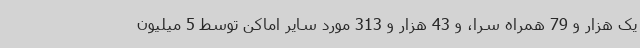
یک هزار و 79 همراه سرا، و 43 هزار و 313 مورد سایر اماکن توسط 5 میلیون